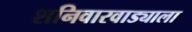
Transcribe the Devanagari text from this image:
शनिवारवाड्याला